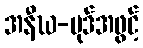
အနီဃ-ပုဒ်အဖွင့်